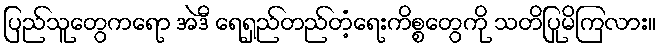
ပြည်သူတွေကရော အဲဒီ ရေရှည်တည်တံ့ရေးကိစ္စတွေကို သတိပြုမိကြလား။